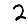
Digit: 2